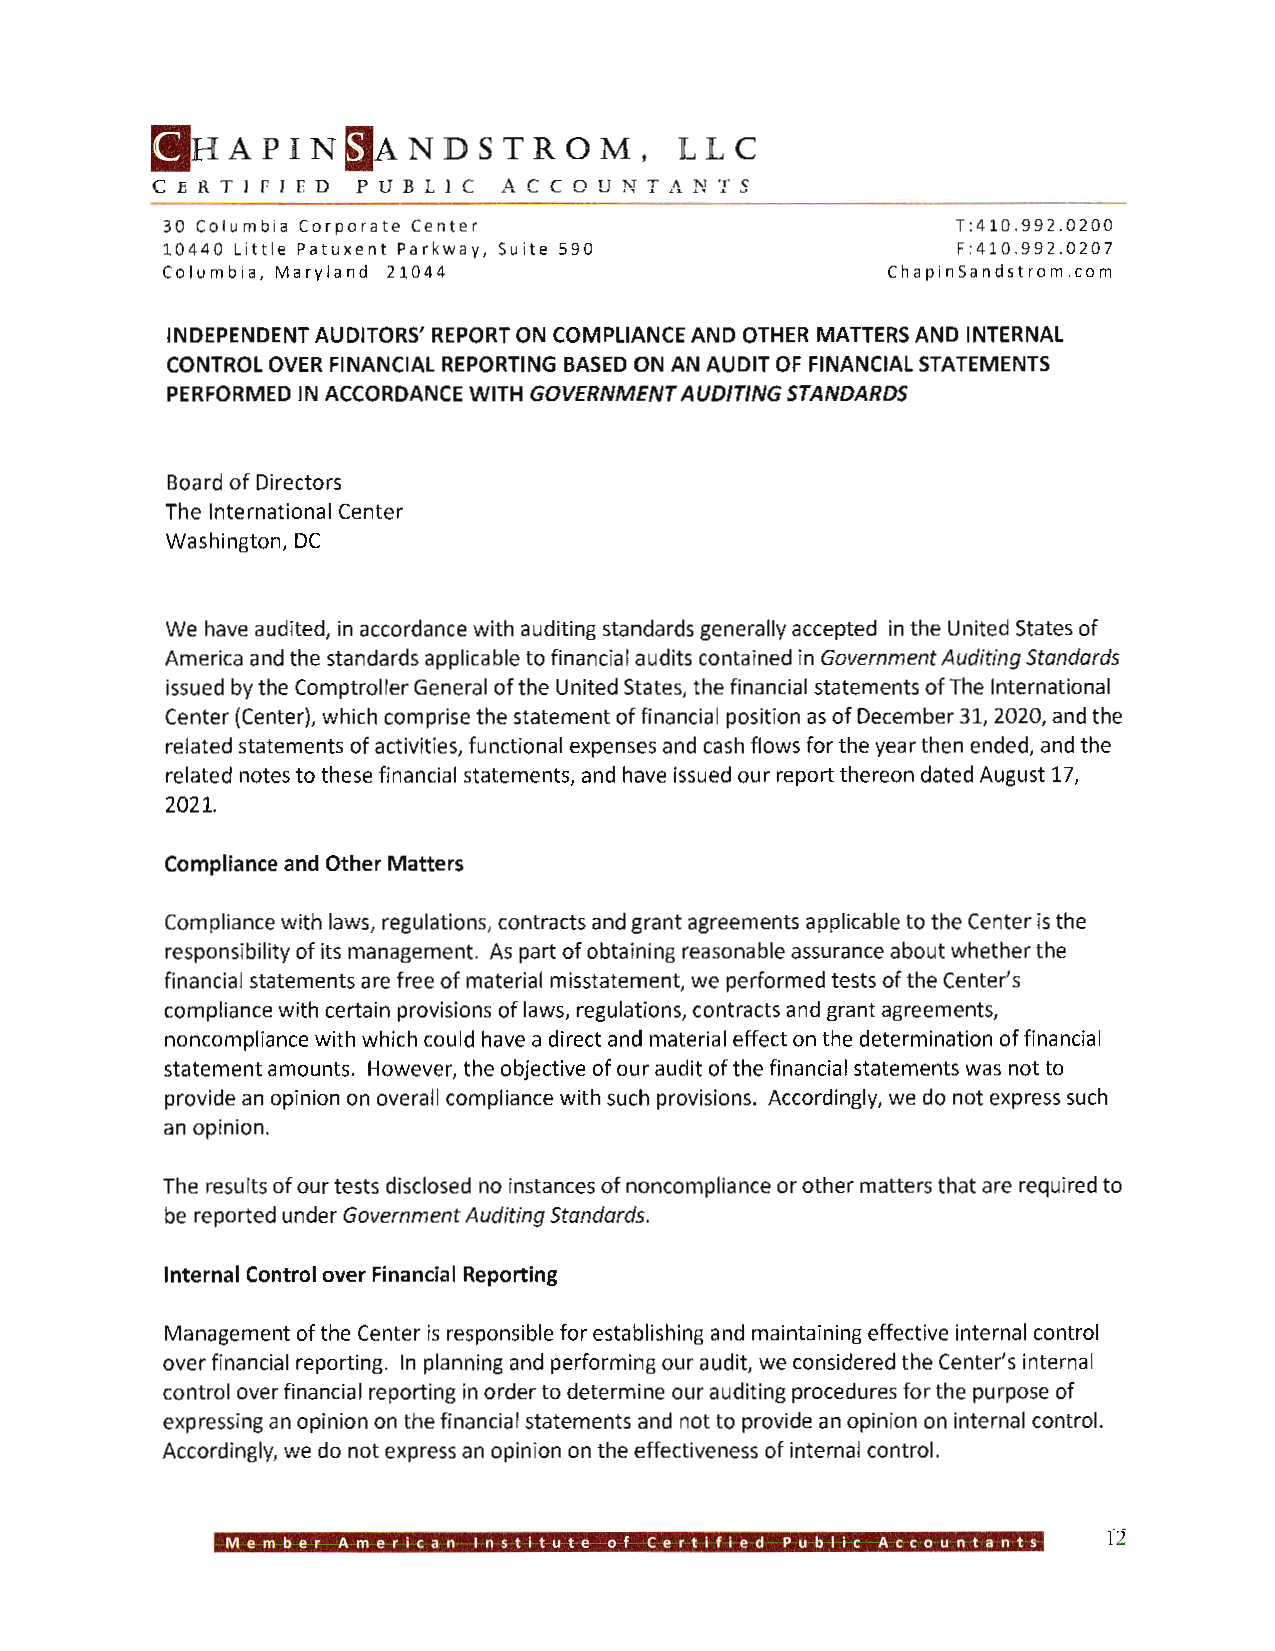
[iJH A PI  N ~   N D  STR  OM   ,  LL  C
 CERTIFIE   D  P UB L I C ACCOUNTANTS
 30 Columbia Corporate Center                        T:410.992.0200
 10440 Little Patuxent Parkway, Suite 590            F:410.992.0207
 Columbia, Maryland 21044                        ChapinSandstrom.com
 INDEPENDENT AUDITORS' REPORT ON COMPLIANCE AND OTHER MATTERS AND INTERNAL
 CONTROL OVER FINANCIAL REPORTING BASED ON AN AUDIT OF FINANCIAL STATEMENTS
 PERFORMED IN ACCORDANCE WITH GOVERNMENT AUDITING STANDARDS
 Board of Directors
 The International Center
 Washington, DC
 We have audited, in accordance with auditing standards generally accepted in the United States of
 America and the standards applicable to financial audits contained in Government Auditing Standards
 issued by the Comptroller General of the United States, the financial statements of The International
 Center (Center), which comprise the statement of financial position as of December 31, 2020, and the
 related statements of activities, functional expenses and cash flows for the year then ended, and the
 related notes to these financial statements, and have issued our report thereon dated August 17,
 2021.
 Compliance and Other Matters
 Compliance with laws, regulations, contracts and grant agreements applicable to the Center is the
 responsibility of its management. As part of obtaining reasonable assurance about whether the
 financial statements are free of material misstatement, we performed tests of the Center's
 compliance with certain provisions of laws, regulations, contracts and grant agreements,
 noncompliance with which could have a direct and material effect on the determination of financial
 statement amounts. However, the objective of our audit of the financial statements was not to
 provide an opinion on overall compliance with such provisions. Accordingly, we do not express such
 an opinion.
 The results of our tests disclosed no instances of noncompliance or other matters that are required to
 be reported under Government Auditing Standards.
 Internal Control over Financial Reporting
 Management of the Center is responsible for establishing and maintaining effective internal control
 over financial reporting. In planning and performing our audit, we considered the Center's internal
 control over financial reporting in order to determine our auditing procedures for the purpose of
 expressing an opinion on the financial statements and not to provide an opinion on internal control.
 Accordingly, we do not express an opinion on the effectiveness of internal control.
 12
 Member American Institute of Certified Public Accountants